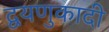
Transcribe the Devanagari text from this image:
द्वयणुकादी